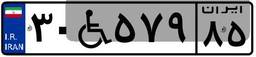
۳۰W۵۷۹۸۵